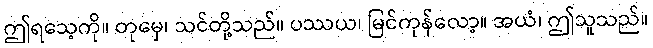
ဤရသေ့ကို။ တုမှေ၊ သင်တို့သည်။ ပဿယ၊ မြင်ကုန်လော့။ အယံ၊ ဤသူသည်။